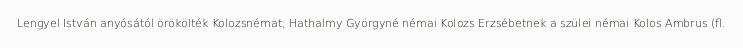
Lengyel István anyósától örökölték Kolozsnémat; Hathalmy Györgyné némai Kolozs Erzsébetnek a szülei némai Kolos Ambrus (fl.